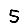
Digit: 5